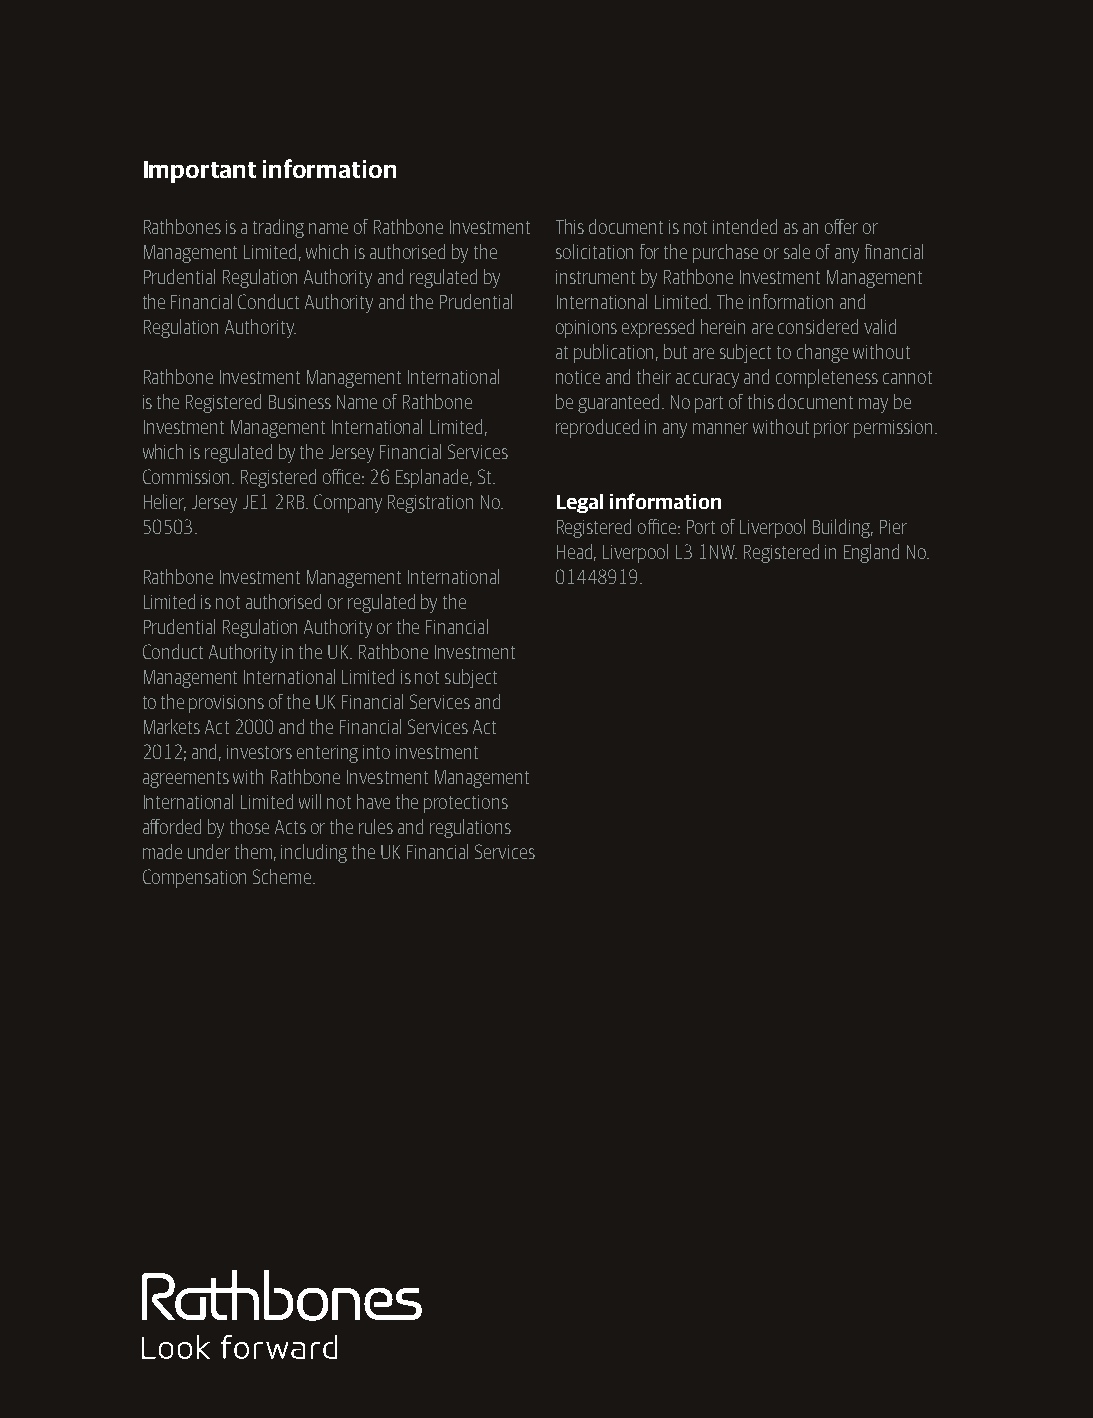
Important information
 Rathbones is a trading name of Rathbone Investment This document is not intended as an offer or
 Management Limited, which is authorised by the solicitation for the purchase or sale of any financial
 Prudential Regulation Authority and regulated by instrument by Rathbone Investment Management
 the Financial Conduct Authority and the Prudential International Limited. The information and
 Regulation Authority.       opinions expressed herein are considered valid
 at publication, but are subject to change without
 Rathbone Investment Management International notice and their accuracy and completeness cannot
 is the Registered Business Name of Rathbone be guaranteed. No part of this document may be
 Investment Management International Limited, reproduced in any manner without prior permission.
 which is regulated by the Jersey Financial Services
 Commission. Registered office: 26 Esplanade, St.
 Helier, Jersey JE1 2RB. Company Registration No. Legal information
 50503.                      Registered office: Port of Liverpool Building, Pier
 Head, Liverpool L3 1NW. Registered in England No.
 Rathbone Investment Management International 01448919.
 Limited is not authorised or regulated by the
 Prudential Regulation Authority or the Financial
 Conduct Authority in the UK. Rathbone Investment
 Management International Limited is not subject
 to the provisions of the UK Financial Services and
 Markets Act 2000 and the Financial Services Act
 2012; and, investors entering into investment
 agreements with Rathbone Investment Management
 International Limited will not have the protections
 afforded by those Acts or the rules and regulations
 made under them, including the UK Financial Services
 Compensation Scheme.